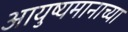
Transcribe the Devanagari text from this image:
आयुष्यमानाच्या